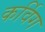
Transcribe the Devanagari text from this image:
कर्विग